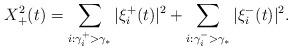
LaTeX: \begin{align*} X^2_+(t) =\sum_{i:\gamma^+_i>\gamma_*} |\xi_i^+(t)|^2+\sum_{i:\gamma^-_i>\gamma_*} |\xi_i^-(t)|^2.\end{align*}